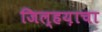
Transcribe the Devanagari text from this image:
जिल्हय़ाचा